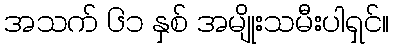
အသက် ၆၁ နှစ် အမျိုးသမီးပါရှင်။